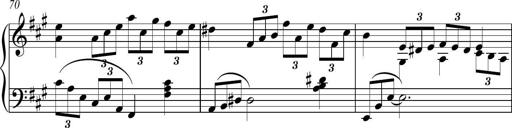
Title: Piano Sonatina in A major
Composer: Z Q Sysmoebius
Key: A major